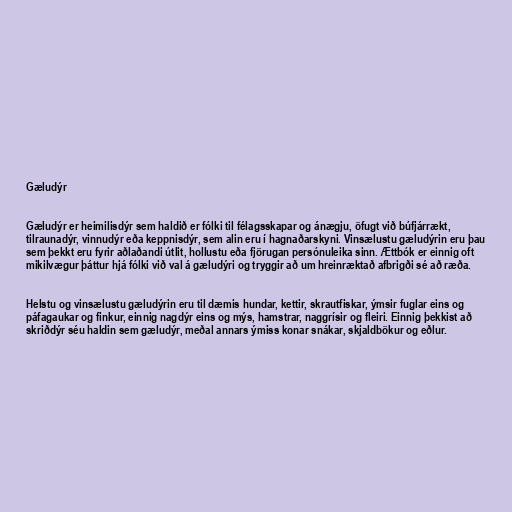
Gæludýr

Gæludýr er heimilisdýr sem haldið er fólki til félagsskapar og ánægju, öfugt við búfjárrækt,
tilraunadýr, vinnudýr eða keppnisdýr, sem alin eru í hagnaðarskyni. Vinsælustu gæludýrin eru þau
sem þekkt eru fyrir aðlaðandi útlit, hollustu eða fjörugan persónuleika sinn. Ættbók er einnig oft
mikilvægur þáttur hjá fólki við val á gæludýri og tryggir að um hreinræktað afbrigði sé að ræða.

Helstu og vinsælustu gæludýrin eru til dæmis hundar, kettir, skrautfiskar, ýmsir fuglar eins og
páfagaukar og finkur, einnig nagdýr eins og mýs, hamstrar, naggrísir og fleiri. Einnig þekkist að
skriðdýr séu haldin sem gæludýr, meðal annars ýmiss konar snákar, skjaldbökur og eðlur.